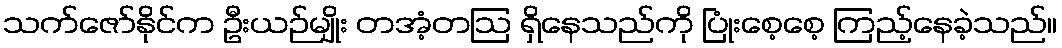
သက်ဇော်နိုင်က ဦးယဉ်မျိုး တအံ့တဩ ရှိနေသည်ကို ပြုံးစေ့စေ့ ကြည့်နေခဲ့သည်။